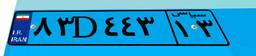
۲۷D۷۳۳۲۴